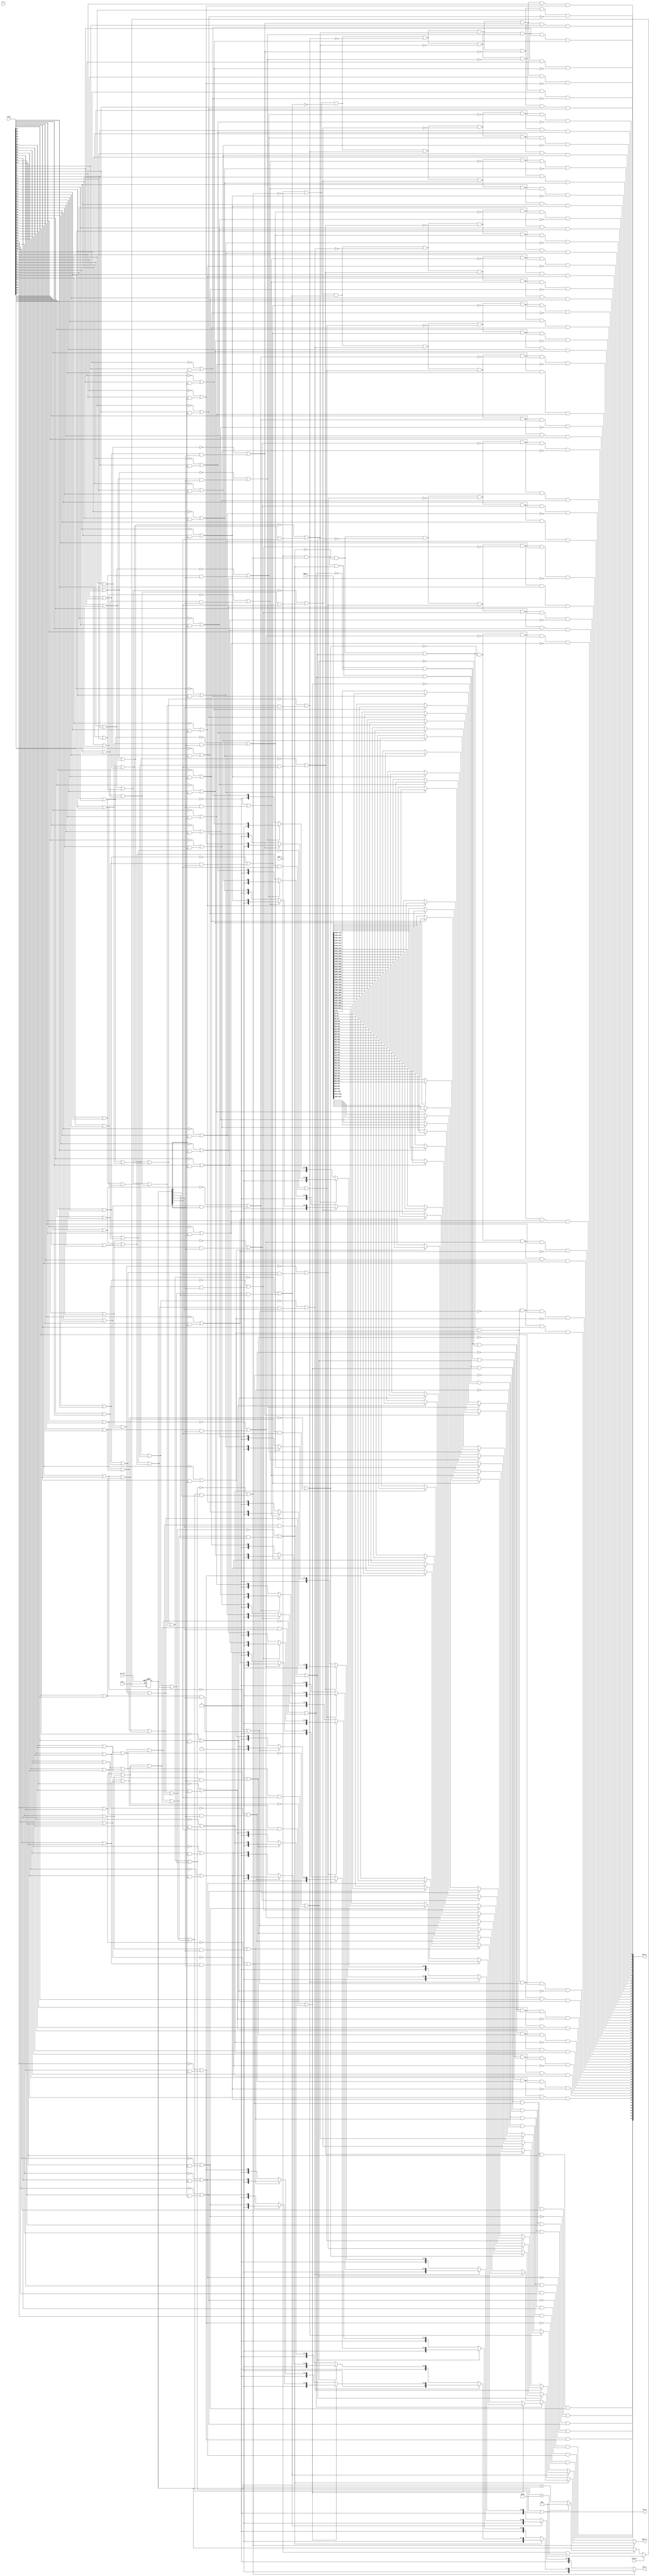
module rr_arb_tree (
	clk_i,
	rst_ni,
	flush_i,
	rr_i,
	req_i,
	gnt_o,
	data_i,
	gnt_i,
	req_o,
	data_o,
	idx_o
);
	parameter [31:0] NumIn = 64;
	parameter [31:0] DataWidth = 32;
	parameter [0:0] ExtPrio = 1'b0;
	parameter [0:0] AxiVldRdy = 1'b0;
	parameter [0:0] LockIn = 1'b0;
	input wire clk_i;
	input wire rst_ni;
	input wire flush_i;
	input wire [$clog2(NumIn) - 1:0] rr_i;
	input wire [NumIn - 1:0] req_i;
	output wire [NumIn - 1:0] gnt_o;
	input wire [(NumIn * DataWidth) - 1:0] data_i;
	input wire gnt_i;
	output wire req_o;
	output wire [DataWidth - 1:0] data_o;
	output wire [$clog2(NumIn) - 1:0] idx_o;
	function automatic [DataWidth - 1:0] sv2v_cast_8367E;
		input reg [DataWidth - 1:0] inp;
		sv2v_cast_8367E = inp;
	endfunction
	generate
		if (NumIn == $unsigned(1)) begin : genblk1
			assign req_o = req_i[0];
			assign gnt_o[0] = gnt_i;
			assign data_o = data_i[0+:DataWidth];
			assign idx_o = 1'sb0;
		end
		else begin : genblk1
			localparam [31:0] NumLevels = $clog2(NumIn);
			wire [(((2 ** NumLevels) - 2) >= 0 ? (((2 ** NumLevels) - 1) * NumLevels) - 1 : ((3 - (2 ** NumLevels)) * NumLevels) + ((((2 ** NumLevels) - 2) * NumLevels) - 1)):(((2 ** NumLevels) - 2) >= 0 ? 0 : ((2 ** NumLevels) - 2) * NumLevels)] index_nodes;
			wire [(((2 ** NumLevels) - 2) >= 0 ? (((2 ** NumLevels) - 1) * DataWidth) - 1 : ((3 - (2 ** NumLevels)) * DataWidth) + ((((2 ** NumLevels) - 2) * DataWidth) - 1)):(((2 ** NumLevels) - 2) >= 0 ? 0 : ((2 ** NumLevels) - 2) * DataWidth)] data_nodes;
			wire [(2 ** NumLevels) - 2:0] gnt_nodes;
			wire [(2 ** NumLevels) - 2:0] req_nodes;
			reg [NumLevels - 1:0] rr_q;
			wire [NumIn - 1:0] req_d;
			assign req_o = req_nodes[0];
			assign data_o = data_nodes[(((2 ** NumLevels) - 2) >= 0 ? 0 : (2 ** NumLevels) - 2) * DataWidth+:DataWidth];
			assign idx_o = index_nodes[(((2 ** NumLevels) - 2) >= 0 ? 0 : (2 ** NumLevels) - 2) * NumLevels+:NumLevels];
			if (ExtPrio) begin : gen_ext_rr
				wire [NumLevels:1] sv2v_tmp_4C2F0;
				assign sv2v_tmp_4C2F0 = rr_i;
				always @(*) rr_q = sv2v_tmp_4C2F0;
				assign req_d = req_i;
			end
			else begin : gen_int_rr
				wire [NumLevels - 1:0] rr_d;
				if (LockIn) begin : gen_lock
					wire lock_d;
					reg lock_q;
					reg [NumIn - 1:0] req_q;
					assign lock_d = req_o & ~gnt_i;
					assign req_d = (lock_q ? req_q : req_i);
					always @(posedge clk_i or negedge rst_ni) begin : p_lock_reg
						if (!rst_ni)
							lock_q <= 1'sb0;
						else if (flush_i)
							lock_q <= 1'sb0;
						else
							lock_q <= lock_d;
					end
					wire [NumIn - 1:0] req_tmp;
					assign req_tmp = req_q & req_i;
					always @(posedge clk_i or negedge rst_ni) begin : p_req_regs
						if (!rst_ni)
							req_q <= 1'sb0;
						else if (flush_i)
							req_q <= 1'sb0;
						else
							req_q <= req_d;
					end
				end
				else begin : gen_no_lock
					assign req_d = req_i;
				end
				function automatic [NumLevels - 1:0] sv2v_cast_5699A;
					input reg [NumLevels - 1:0] inp;
					sv2v_cast_5699A = inp;
				endfunction
				assign rr_d = (gnt_i && req_o ? (rr_q == sv2v_cast_5699A(NumIn - 1) ? {NumLevels {1'sb0}} : rr_q + 1'b1) : rr_q);
				always @(posedge clk_i or negedge rst_ni) begin : p_rr_regs
					if (!rst_ni)
						rr_q <= 1'sb0;
					else if (flush_i)
						rr_q <= 1'sb0;
					else
						rr_q <= rr_d;
				end
			end
			assign gnt_nodes[0] = gnt_i;
			genvar level;
			for (level = 0; $unsigned(level) < NumLevels; level = level + 1) begin : gen_levels
				genvar l;
				for (l = 0; l < (2 ** level); l = l + 1) begin : gen_level
					wire sel;
					localparam [31:0] idx0 = ((2 ** level) - 1) + l;
					localparam [31:0] idx1 = ((2 ** (level + 1)) - 1) + (l * 2);
					if ($unsigned(level) == (NumLevels - 1)) begin : gen_first_level
						if (($unsigned(l) * 2) < (NumIn - 1)) begin : genblk1
							assign req_nodes[idx0] = req_d[l * 2] | req_d[(l * 2) + 1];
							assign sel = ~req_d[l * 2] | (req_d[(l * 2) + 1] & rr_q[(NumLevels - 1) - level]);
							function automatic [NumLevels - 1:0] sv2v_cast_5699A;
								input reg [NumLevels - 1:0] inp;
								sv2v_cast_5699A = inp;
							endfunction
							assign index_nodes[(((2 ** NumLevels) - 2) >= 0 ? idx0 : ((2 ** NumLevels) - 2) - idx0) * NumLevels+:NumLevels] = sv2v_cast_5699A(sel);
							assign data_nodes[(((2 ** NumLevels) - 2) >= 0 ? idx0 : ((2 ** NumLevels) - 2) - idx0) * DataWidth+:DataWidth] = (sel ? data_i[((l * 2) + 1) * DataWidth+:DataWidth] : data_i[(l * 2) * DataWidth+:DataWidth]);
							assign gnt_o[l * 2] = (gnt_nodes[idx0] & (AxiVldRdy | req_d[l * 2])) & ~sel;
							assign gnt_o[(l * 2) + 1] = (gnt_nodes[idx0] & (AxiVldRdy | req_d[(l * 2) + 1])) & sel;
						end
						if (($unsigned(l) * 2) == (NumIn - 1)) begin : genblk2
							assign req_nodes[idx0] = req_d[l * 2];
							assign index_nodes[(((2 ** NumLevels) - 2) >= 0 ? idx0 : ((2 ** NumLevels) - 2) - idx0) * NumLevels+:NumLevels] = 1'sb0;
							assign data_nodes[(((2 ** NumLevels) - 2) >= 0 ? idx0 : ((2 ** NumLevels) - 2) - idx0) * DataWidth+:DataWidth] = data_i[(l * 2) * DataWidth+:DataWidth];
							assign gnt_o[l * 2] = gnt_nodes[idx0] & (AxiVldRdy | req_d[l * 2]);
						end
						if (($unsigned(l) * 2) > (NumIn - 1)) begin : genblk3
							assign req_nodes[idx0] = 1'b0;
							assign index_nodes[(((2 ** NumLevels) - 2) >= 0 ? idx0 : ((2 ** NumLevels) - 2) - idx0) * NumLevels+:NumLevels] = sv2v_cast_8367E(1'sb0);
							assign data_nodes[(((2 ** NumLevels) - 2) >= 0 ? idx0 : ((2 ** NumLevels) - 2) - idx0) * DataWidth+:DataWidth] = sv2v_cast_8367E(1'sb0);
						end
					end
					else begin : gen_other_levels
						assign req_nodes[idx0] = req_nodes[idx1] | req_nodes[idx1 + 1];
						assign sel = ~req_nodes[idx1] | (req_nodes[idx1 + 1] & rr_q[(NumLevels - 1) - level]);
						function automatic [NumLevels - 1:0] sv2v_cast_5699A;
							input reg [NumLevels - 1:0] inp;
							sv2v_cast_5699A = inp;
						endfunction
						assign index_nodes[(((2 ** NumLevels) - 2) >= 0 ? idx0 : ((2 ** NumLevels) - 2) - idx0) * NumLevels+:NumLevels] = (sel ? sv2v_cast_5699A({1'b1, index_nodes[((((2 ** NumLevels) - 2) >= 0 ? idx1 + 1 : ((2 ** NumLevels) - 2) - (idx1 + 1)) * NumLevels) + (((NumLevels - $unsigned(level)) - 2) >= 0 ? (NumLevels - $unsigned(level)) - 2 : (((NumLevels - $unsigned(level)) - 2) + (((NumLevels - $unsigned(level)) - 2) >= 0 ? (NumLevels - $unsigned(level)) - 1 : 3 - (NumLevels - $unsigned(level)))) - 1)-:(((NumLevels - $unsigned(level)) - 2) >= 0 ? (NumLevels - $unsigned(level)) - 1 : 3 - (NumLevels - $unsigned(level)))]}) : sv2v_cast_5699A({1'b0, index_nodes[((((2 ** NumLevels) - 2) >= 0 ? idx1 : ((2 ** NumLevels) - 2) - idx1) * NumLevels) + (((NumLevels - $unsigned(level)) - 2) >= 0 ? (NumLevels - $unsigned(level)) - 2 : (((NumLevels - $unsigned(level)) - 2) + (((NumLevels - $unsigned(level)) - 2) >= 0 ? (NumLevels - $unsigned(level)) - 1 : 3 - (NumLevels - $unsigned(level)))) - 1)-:(((NumLevels - $unsigned(level)) - 2) >= 0 ? (NumLevels - $unsigned(level)) - 1 : 3 - (NumLevels - $unsigned(level)))]}));
						assign data_nodes[(((2 ** NumLevels) - 2) >= 0 ? idx0 : ((2 ** NumLevels) - 2) - idx0) * DataWidth+:DataWidth] = (sel ? data_nodes[(((2 ** NumLevels) - 2) >= 0 ? idx1 + 1 : ((2 ** NumLevels) - 2) - (idx1 + 1)) * DataWidth+:DataWidth] : data_nodes[(((2 ** NumLevels) - 2) >= 0 ? idx1 : ((2 ** NumLevels) - 2) - idx1) * DataWidth+:DataWidth]);
						assign gnt_nodes[idx1] = gnt_nodes[idx0] & ~sel;
						assign gnt_nodes[idx1 + 1] = gnt_nodes[idx0] & sel;
					end
				end
			end
			initial begin : p_assert
				
			end
		end
	endgenerate
endmodule